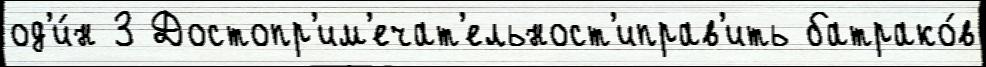
од'и́н 3 Достопр'им'ечат'ельност'иправ'ить батрако́в